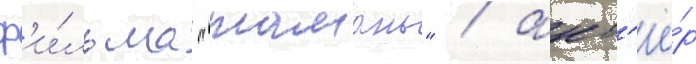
ф'и́льма "тамань" / акт'ё́р